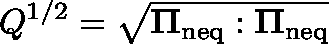
Q ^ { 1 / 2 } = \sqrt { \mathbf { \Pi } _ { \mathrm { n e q } } : \mathbf { \Pi } _ { \mathrm { n e q } } }